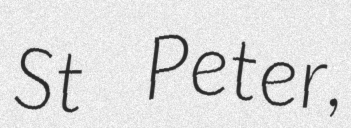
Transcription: St Peter,